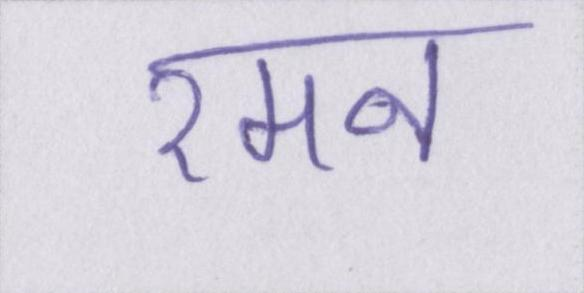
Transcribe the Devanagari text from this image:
रमन